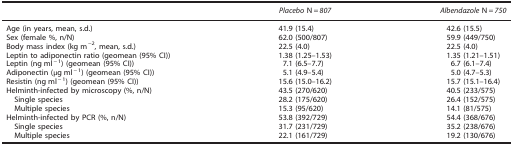
<table><thead><tr><td><b> </b></td><td><b><i>Placebo</i> N<i>=807</i></b></td><td><b><i>Albendazole</i> N<i>=750</i></b></td></tr></thead><tbody><tr><td>Age (in years, mean, s.d.)</td><td>41.9 (15.4)</td><td>42.6 (15.5)</td></tr><tr><td>Sex (female %, n/N)</td><td>62.0 (500/807)</td><td>59.9 (449/750)</td></tr><tr><td>Body mass index (kg m<sup>−</sup><sup>2</sup>, mean, s.d.)</td><td>22.5 (4.0)</td><td>22.5 (4.0)</td></tr><tr><td>Leptin to adiponectin ratio (geomean (95% CI))</td><td>1.38 (1.25–1.53)</td><td>1.35 (1.21–1.51)</td></tr><tr><td>Leptin (ng ml<sup>−1</sup>) (geomean (95% CI))</td><td>7.1 (6.5–7.7)</td><td>6.7 (6.1–7.4)</td></tr><tr><td>Adiponectin (μg ml<sup>−1</sup>) (geomean (95% CI))</td><td>5.1 (4.9–5.4)</td><td>5.0 (4.7–5.3)</td></tr><tr><td>Resistin (ng ml<sup>−1</sup>) (geomean (95% CI))</td><td>15.6 (15.0–16.2)</td><td>15.7 (15.1–16.4)</td></tr><tr><td>Helminth-infected by microscopy (%, n/N)</td><td>43.5 (270/620)</td><td>40.5 (233/575)</td></tr><tr><td> Single species</td><td>28.2 (175/620)</td><td>26.4 (152/575)</td></tr><tr><td> Multiple species</td><td>15.3 (95/620)</td><td>14.1 (81/575)</td></tr><tr><td>Helminth-infected by PCR (%, n/N)</td><td>53.8 (392/729)</td><td>54.4 (368/676)</td></tr><tr><td> Single species</td><td>31.7 (231/729)</td><td>35.2 (238/676)</td></tr><tr><td> Multiple species</td><td>22.1 (161/729)</td><td>19.2 (130/676)</td></tr></tbody></table>